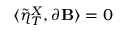
\langle \tilde { \eta } _ { T } ^ { X } , \partial \mathbf { B } \rangle = 0